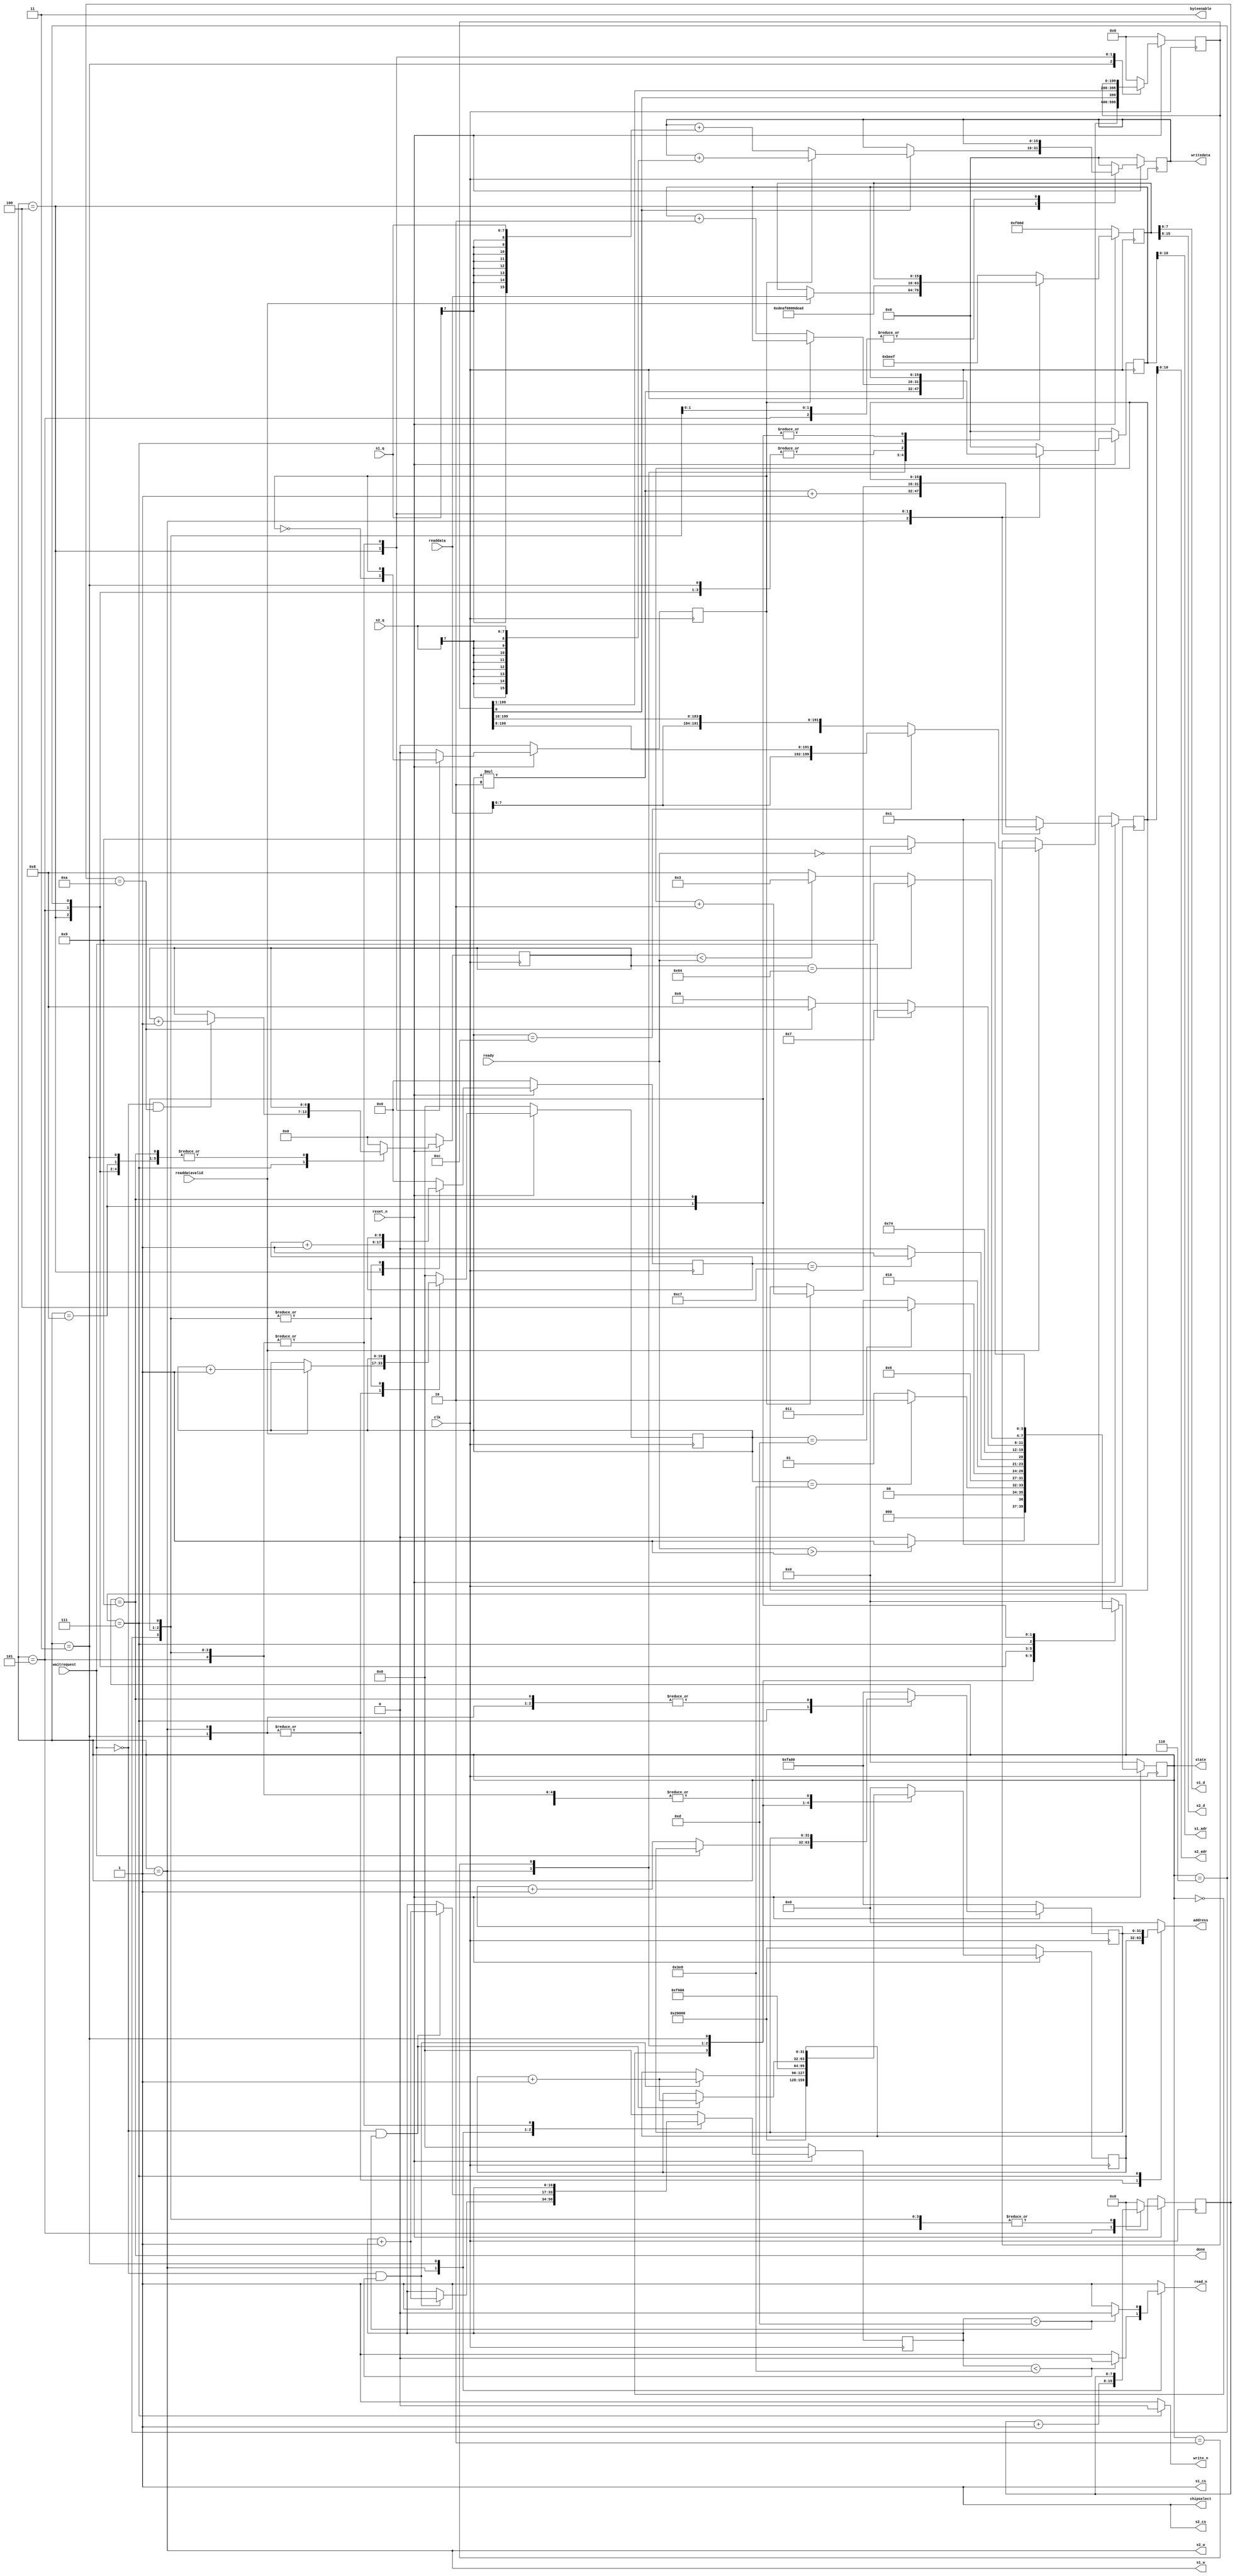
`define SDRAM_BASE 32'h0
`define IDLE 0      
`define LDR 1      	// Load Kernel
`define BRAM_DONE 2  // Done Loading Kernel
`define INITPIX 3		// Load sample into pixel reg (360 bits)
`define CALCPIX 4		// Calculate one output node
`define SIGMOID 5		// Apply sigmoid to current node, result is 1 bit.
`define SAVEPIX 6		// Shift the 1 bit sigmoid result into result register. If register is full, go to WRITEPIX 
`define WRITEPIX 7	// Write 16 one bit results
`define SAMPLEDONE 8 // Done with one sample
`define DONE 9			// Done with 100 samples
`define KERNEL_SIZE3 32'd1000   	// 200*10 bytes, 1000 words
`define SAMPLE_ADDR3 32'hF000
`define RESULT_ADDR3 32'hFA00    // 10 words per sample, 100 samples = 1000 words
`define WORDS_PER_SAMPLE 13   // 200 pixels / 16 bit words = 12.5 
`define BITS_PER_SAMPLE 200		
`define KERNEL_ADDR3	32'h20000

module layer3 (
input clk,
input reset_n,
input waitrequest,
input readdatavalid,
input [15:0] readdata,
output reg read_n = 1'b1,
output reg write_n = 1'b1,
output reg chipselect = 1'b1,
output reg [31:0] address = `SDRAM_BASE,
output reg [1:0] byteenable = 2'b11,
output [15:0] writedata,
// control signals
input [6:0] ready,
output done,
// debugging
output reg [3:0] state = 4'h0,
//input man_rst_n
// BRAM STUFF
output [10:0] s1_adr,
output [10:0] s2_adr,
output [7:0] s1_d,
output [7:0] s2_d,
input [7:0] s1_q,
input [7:0] s2_q,
output s1_cs,
output s2_cs,
output s1_w,
output s2_w
);

assign done = (state == `DONE);
//wire rst;
//assign rst = ~man_rst_n | ~reset_n;


reg [`BITS_PER_SAMPLE-1:0] calc_pix;
reg [15:0] accumulator;	//round to 1 bit num(sigmoid) and then put back into SDRAM
reg [15:0] layer1_res;	//store 1 bit sigmoid values into a 16 bit final reg to store back into SDRAM
reg bram_wait;
reg [8:0] shifted;
reg [7:0] nodecount;

reg	[15:0]  address_a = 0;
reg	[15:0]  address_b = 1;
wire	[7:0]  data_a;
wire	[7:0]  data_b;
wire	  rden_a;
wire	  rden_b;
wire	  wren_a;
wire	  wren_b;
wire	[7:0]  q_a; // output from W0 - port 1
wire	[7:0]  q_b; // output from W0 - port 2

assign s1_adr = address_a;
assign s2_adr = address_b;
assign s1_d = data_a;
assign s2_d = data_b;
assign q_a = s1_q ;
assign q_b = s2_q;
assign s1_cs = rden_a;
assign s2_cs = rden_b;
assign s1_w = wren_a;
assign s2_w = wren_b;


reg [16:0] loaded = 0;
reg [16:0] adrsent = 0;
reg [6:0] numsamples = 0;

reg [31:0] rdaddr = `SDRAM_BASE;
reg [31:0] wraddr = `SDRAM_BASE + `RESULT_ADDR3; //h20000 = 512 rows * 256 reads (2 pixels per read)
reg [15:0] readdatareg;

assign writedata = accumulator;
//switched data_a and data_b
assign {data_b,data_a} = readdatareg;
assign rden_a = 1;//(state == `WRITE);
assign rden_b = 1;//(state == `WRITE);
assign wren_a = (state == `LDR);// && readdatavalid);
assign wren_b = (state == `LDR);// && readdatavalid);

// state logic for reading and writing
always @(posedge clk) begin
	if(~reset_n) begin
		state <= `IDLE;
		loaded <= 0;
		rdaddr <= `KERNEL_ADDR3;
		wraddr <= `RESULT_ADDR3;
		adrsent <= 0;
		address_a <= 0;
		address_b <= 1;
		readdatareg <= 16'hF00D;
		calc_pix <= 0;
		accumulator <= 0;
		layer1_res <= 0;
		bram_wait <= 0;
		shifted <= 0;
		nodecount<= 0;
		numsamples <= 0;
	end
	else begin
		case(state)
			`IDLE: begin
					state <= (ready>1) ? `LDR : `IDLE;	//will need two ready signals, for weights and pixels
					loaded <= 0;
					rdaddr <= `KERNEL_ADDR3;
					wraddr <= `RESULT_ADDR3;
					adrsent <= 0;
					address_a <= 0;
					address_b <= 1;
					readdatareg <= 16'hBEEF;
					calc_pix <= 0;
					accumulator <= 0;
					layer1_res <= 0;
					bram_wait <= 0;
					shifted <= 0;
					nodecount<= 0;
					numsamples <= 0;
			end
			`LDR: begin
					// Change to write the value of "Writes" to memory and see if its byte addressable or word addressable
					loaded <= readdatavalid ? loaded + 1 : loaded;
					state <= (loaded == `KERNEL_SIZE3) ? `BRAM_DONE : `LDR;
					address_a <= loaded*2;
					address_b <= loaded*2 + 1;					
					rdaddr <= (~waitrequest && adrsent < `KERNEL_SIZE3) ? rdaddr + 1 : rdaddr;
					wraddr <= wraddr;
					adrsent <= (~waitrequest && adrsent < `KERNEL_SIZE3) ? adrsent + 1: adrsent;
					readdatareg <= readdatavalid ? readdata : readdatareg;
					calc_pix <= 0;
					accumulator <= 0;
					layer1_res <= 0;
					bram_wait <= 0;
					shifted <= 0;
					nodecount<= 0;
					numsamples <= 0;
			end
			`BRAM_DONE: begin
					state <= `INITPIX;
					loaded <= 0;
					rdaddr <= `SAMPLE_ADDR3;
					wraddr <= `RESULT_ADDR3;
					adrsent <= 0;
					address_a <= 0;
					address_b <= 1;
					readdatareg <= 16'hDEAF;
					calc_pix <= 0;
					accumulator <= 0;
					layer1_res <= 0;
					bram_wait <= 0;
					shifted <= 0;
					nodecount<= 0;
					numsamples <= 0;
			end
			`INITPIX: begin
					// First load loads in the bias into the accumulator
					// Change to write the value of "Writes" to memory and see if its byte addressable or word addressable
					loaded <= readdatavalid ? loaded + 1 : loaded;
					state <= (loaded == `WORDS_PER_SAMPLE) ? `CALCPIX : `INITPIX;  
					address_a <= 0;
					address_b <= 1;					
					rdaddr <= (~waitrequest && adrsent < `WORDS_PER_SAMPLE) ? rdaddr + 1 : rdaddr;
					wraddr <= wraddr;
					adrsent <= (~waitrequest && adrsent < `WORDS_PER_SAMPLE) ? adrsent + 1: adrsent;
					readdatareg <= 0;
					calc_pix <= ~readdatavalid? calc_pix : loaded == `WORDS_PER_SAMPLE-1 ? {readdata[7:0], calc_pix[`BITS_PER_SAMPLE-1:8]} : {readdata, calc_pix[`BITS_PER_SAMPLE-1:16]};
					accumulator <= 0;
					layer1_res <= 0;
					bram_wait <= 0;
					shifted <= 0;
					nodecount<= 0;
					numsamples <= numsamples;
			end
			`CALCPIX: begin		//per node for layer 2
					loaded <= 0;
					state <= (shifted == `BITS_PER_SAMPLE-1) ? `SIGMOID : `CALCPIX;
					address_a <= ~bram_wait ? address_a + 2 : address_a;
					address_b <= bram_wait ? address_b + 2 : address_b;					
					rdaddr <= rdaddr;
					wraddr <= wraddr;
					adrsent <= 0;
					readdatareg <= 0;
					calc_pix <= {calc_pix[0],calc_pix[`BITS_PER_SAMPLE-1:1]};
					accumulator <= ~calc_pix[0] ? accumulator : bram_wait ? accumulator + {{8{q_b[7]}}, q_b} : accumulator + {{8{q_a[7]}}, q_a};
					//q_a and q_b are the weights
					layer1_res <= 0;
					bram_wait <= ~bram_wait;
					shifted <= shifted + 1;
					nodecount<= nodecount;
					numsamples <= numsamples;
			
			end	
			
			`SIGMOID: begin
					loaded <= 0;
					state <= `WRITEPIX;
	//check if 200 nodes are done, if the num of results is divisible by 16, go to writepix state
					address_a <= address_a;
					address_b <= address_b;				
					rdaddr <= rdaddr;
					wraddr <= wraddr;
					adrsent <= adrsent;
					readdatareg <= 0;
					calc_pix <= calc_pix;
					accumulator <= accumulator;
					//q_a and q_b are the weights
					// For 200th node, the result will be in the upper 8 bits of layer1_res
					layer1_res <= 0;
					bram_wait <= bram_wait;
					shifted <= 0;
					nodecount<= nodecount + 1;
					numsamples <= numsamples;
			end
			
			`SAVEPIX: begin
					// state to add a delay for BRAM address
					loaded <= loaded;
					state <= `CALCPIX;//(nodecount % 16) ? `CALCPIX : `WRITEPIX;	//check if 200 nodes are done, if the num of results is divisible by 16, go to writepix state
					address_a <= address_a;
					address_b <= address_b;				
					rdaddr <= rdaddr;
					wraddr <= wraddr;
					adrsent <= adrsent;
					readdatareg <= 0;
					calc_pix <= calc_pix;
					accumulator <= 0;
					//q_a and q_b are the weights
					layer1_res <= layer1_res;
					bram_wait <= bram_wait;
					shifted <= shifted;
					nodecount<= nodecount;
					numsamples <= numsamples;
			end
			
			`WRITEPIX: begin
					loaded <= loaded;
					state <= waitrequest ? `WRITEPIX: (nodecount == 10) ? `SAMPLEDONE : `SAVEPIX;
					address_a <= address_a;
					address_b <= address_b;
					rdaddr <= rdaddr;
					wraddr <= ~waitrequest? wraddr + 1 : wraddr;
					adrsent <= adrsent;
					readdatareg <= 16'hDEAD;
					calc_pix <= calc_pix;
					accumulator <= accumulator;
					layer1_res <= layer1_res;
					bram_wait <= bram_wait;
					shifted <= shifted;
					nodecount<= nodecount;
					numsamples <= (~waitrequest)&&(nodecount==10) ? numsamples+1 : numsamples ;
			end
			
			`SAMPLEDONE: begin
					loaded <= loaded;
					state <= (numsamples == 100) ? `DONE : (numsamples < ready) ? `INITPIX : `SAMPLEDONE;
					address_a <= address_a;
					address_b <= address_b;
					rdaddr <= rdaddr;
					wraddr <= wraddr;
					adrsent <= adrsent;
					readdatareg <= readdatareg;
					calc_pix <= calc_pix;
					accumulator <= 0;
					layer1_res <= layer1_res;
					bram_wait <= bram_wait;
					shifted <= shifted;
					nodecount<= nodecount;
					numsamples <= numsamples;
			end
			
			`DONE: begin
					loaded <= loaded;
					state <= (ready==0) ? `IDLE: `DONE;
					address_a <= address_a;
					address_b <= address_b;
					rdaddr <= rdaddr;
					wraddr <= wraddr;
					adrsent <= adrsent;
					readdatareg <= readdatareg;
					calc_pix <= calc_pix;
					accumulator <= accumulator;
					layer1_res <= layer1_res;
					bram_wait <= bram_wait;
					shifted <= shifted;
					nodecount<= nodecount;
					numsamples <= numsamples;
			end
			
			default: begin
					state <= `IDLE;	//will need two ready signals, for weights and pixels
					loaded <= 0;
					rdaddr <= 0;
					wraddr <= `RESULT_ADDR3;
					adrsent <= 0;
					address_a <= 0;
					address_b <= 1;
					readdatareg <= 16'hBEEF;
					calc_pix <= 0;
					accumulator <= 0;
					layer1_res <= 0;
					bram_wait <= 0;
					shifted <= 0;
					nodecount<= 0;
					numsamples <= 0;
			end
		endcase
	end
end

always @(*) begin
	byteenable <= 2'b11;
	chipselect <= 1;
	case (state)
		`IDLE: begin
			write_n <= 1;
			read_n <= 1;
			address <= `SDRAM_BASE;
		end
		`LDR: begin
			write_n <= 1;
			read_n <= adrsent < `KERNEL_SIZE3 ? 0 : 1;
			address <= rdaddr;
		end
		`INITPIX: begin
			write_n <= 1;
			read_n <= adrsent < `WORDS_PER_SAMPLE ? 0 : 1;
			address <= rdaddr;
		end		
		`WRITEPIX: begin
			write_n <= 0;
			read_n <= 1;
			address <= wraddr;
		end
		default: begin
			write_n <= 1;
			read_n <= 1;					
			address <= `SDRAM_BASE;
		end
	endcase
			
			
end		

endmodule

//			`TRANSITION: begin
//					loaded <= `KERNEL_SIZE3;
//					state <= `WRITE2;
//					address_a <= 0;
//					address_b <= 1;					
//					writes <= writes;
//					rdaddr <= rdaddr;
//					wraddr <= wraddr - 1;
//					adrsent <= adrsent;
//					readdatareg <= 16'hFEED;
//					calc_pix <= 0;
//					accumulator <= 0;
//					layer1_res <= 0;
//					bram_wait <= 0;
//			end
//			`WRITE: begin
//					writes = ~waitrequest ? writes + 1 : writes;
//					state <= ~waitrequest ? `WRITE2: `WRITE;
//					loaded <= loaded;
//					address_a <= writes*2;
//					address_b <= writes*2 + 1;
//					rdaddr <= rdaddr;
//					wraddr <= wraddr;
//					adrsent <= adrsent;
//					readdatareg <= 16'hDEAD;
//					calc_pix <= 0;
//					accumulator <= 0;
//					layer1_res <= 0;
//					bram_wait <= 0;
//			end
//			`WRITE2: begin // gives BRAM time to read the data
//					writes <= writes;
//					state <= (writes == `KERNEL_SIZE3) ? `DONE: `WRITE;
//					loaded <= loaded;
//					address_a <= writes*2;
//					address_b <= writes*2 + 1;
//					rdaddr <= rdaddr;
//					wraddr <= wraddr + 1;
//					adrsent <= adrsent;
//					readdatareg <= 16'hDEED;
//					calc_pix <= 0;
//					accumulator <= 0;
//					layer1_res <= 0;
//					bram_wait <= 0;			
//			end